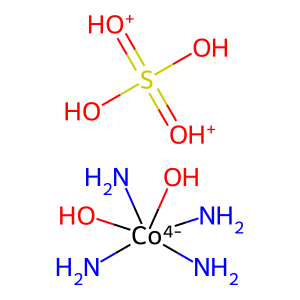
SMILES: N[Co-4](N)(N)(N)(O)O.OS(O)(=[OH+])=[OH+]
Inhibits HIV replication: No